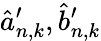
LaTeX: \hat{a}_{n,k}^{\prime},\hat{b}_{n,k}^{\prime}